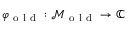
\varphi _ { \mathrm { ~ o ~ l ~ d ~ } } : \mathcal { M } _ { \mathrm { ~ o ~ l ~ d ~ } } \to \mathbb { C }